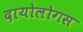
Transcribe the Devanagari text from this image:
दायोलोगस